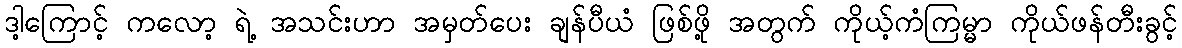
ဒါ့ကြောင့် ကလော့ ရဲ့ အသင်းဟာ အမှတ်ပေး ချန်ပီယံ ဖြစ်ဖို့ အတွက် ကိုယ့်ကံကြမ္မာ ကိုယ်ဖန်တီးခွင့်